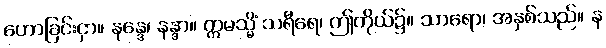
ဟောခြင်းငှာ။ နန္ဒေ၊ နန္ဒာ။ ဣမသ္မိံ သရီရေ၊ ဤကိုယ်၌။ သာရော၊ အနှစ်သည်။ န